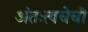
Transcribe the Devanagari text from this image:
अंतःत्वचेची